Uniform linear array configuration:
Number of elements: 48
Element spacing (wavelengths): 0.75
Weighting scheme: kaiser
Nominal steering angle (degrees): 45
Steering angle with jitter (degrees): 46.8
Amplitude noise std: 0.05
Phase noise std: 0.05

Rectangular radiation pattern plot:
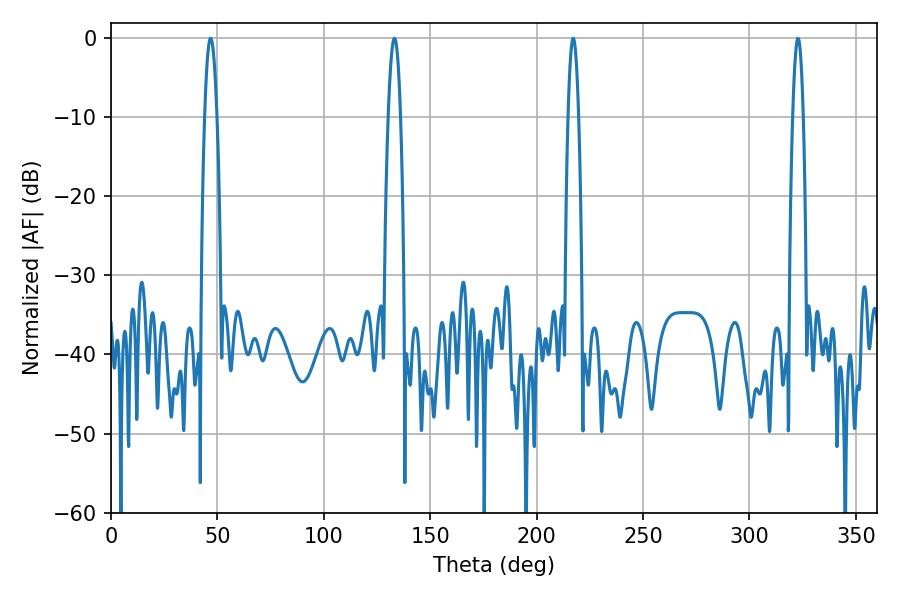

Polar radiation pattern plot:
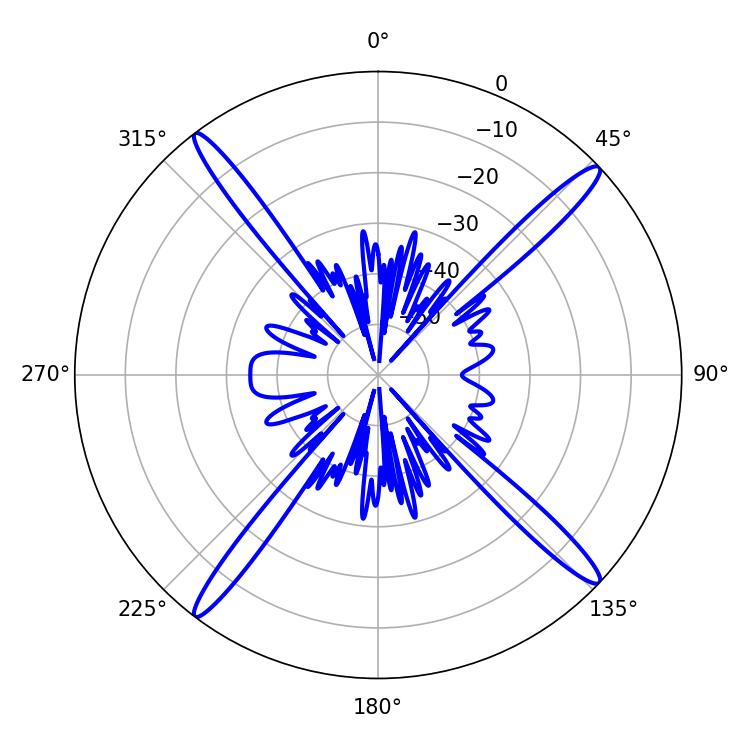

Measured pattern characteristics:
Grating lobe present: TRUE
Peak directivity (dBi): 18.951
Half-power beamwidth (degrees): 3.24
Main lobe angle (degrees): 46.8